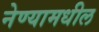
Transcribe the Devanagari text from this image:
नेण्यामधील